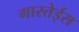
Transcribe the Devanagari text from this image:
गास्तेईस